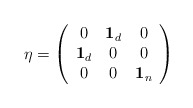
\begin{align*}\eta =\left(\begin{array}{ccc}0 & {\bf 1}_{d} & 0 \\{\bf 1}_{d} & 0 & 0 \\0 & 0 & {\bf 1}_{n}\end{array}\right) \end{align*}